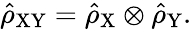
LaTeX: \hat{\rho}_{\mathrm{XY}}=\hat{\rho}_{\mathrm{X}}\otimes\hat{\rho}_{\mathrm{Y}}.